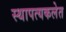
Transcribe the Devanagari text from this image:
स्थापत्यकलेत